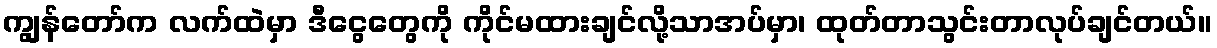
ကျွန်တော်က လက်ထဲမှာ ဒီငွေတွေကို ကိုင်မထားချင်လို့သာအပ်မှာ၊ ထုတ်တာသွင်းတာလုပ်ချင်တယ်။